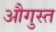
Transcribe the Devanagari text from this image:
औगुस्त